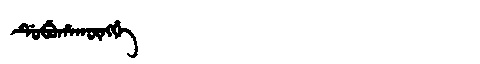
Manchu: ᡩᡠᠪᡠᡥᠠᡴᡡᠩᡤᡝ
Romanization: DUBUHAKŪNGGE